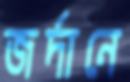
জর্দানে